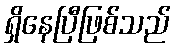
ရှိနေပြီဖြစ်သည်